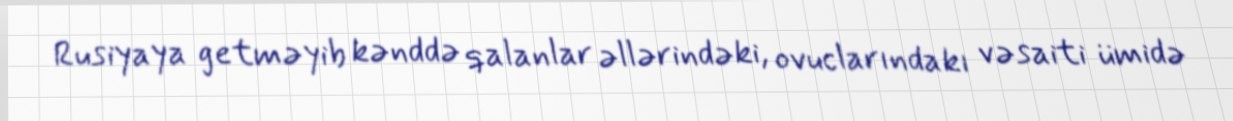
Rusiyaya getməyib kənddə qalanlar əllərindəki, ovuclarındakı vəsaiti ümidə